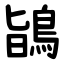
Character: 鴲